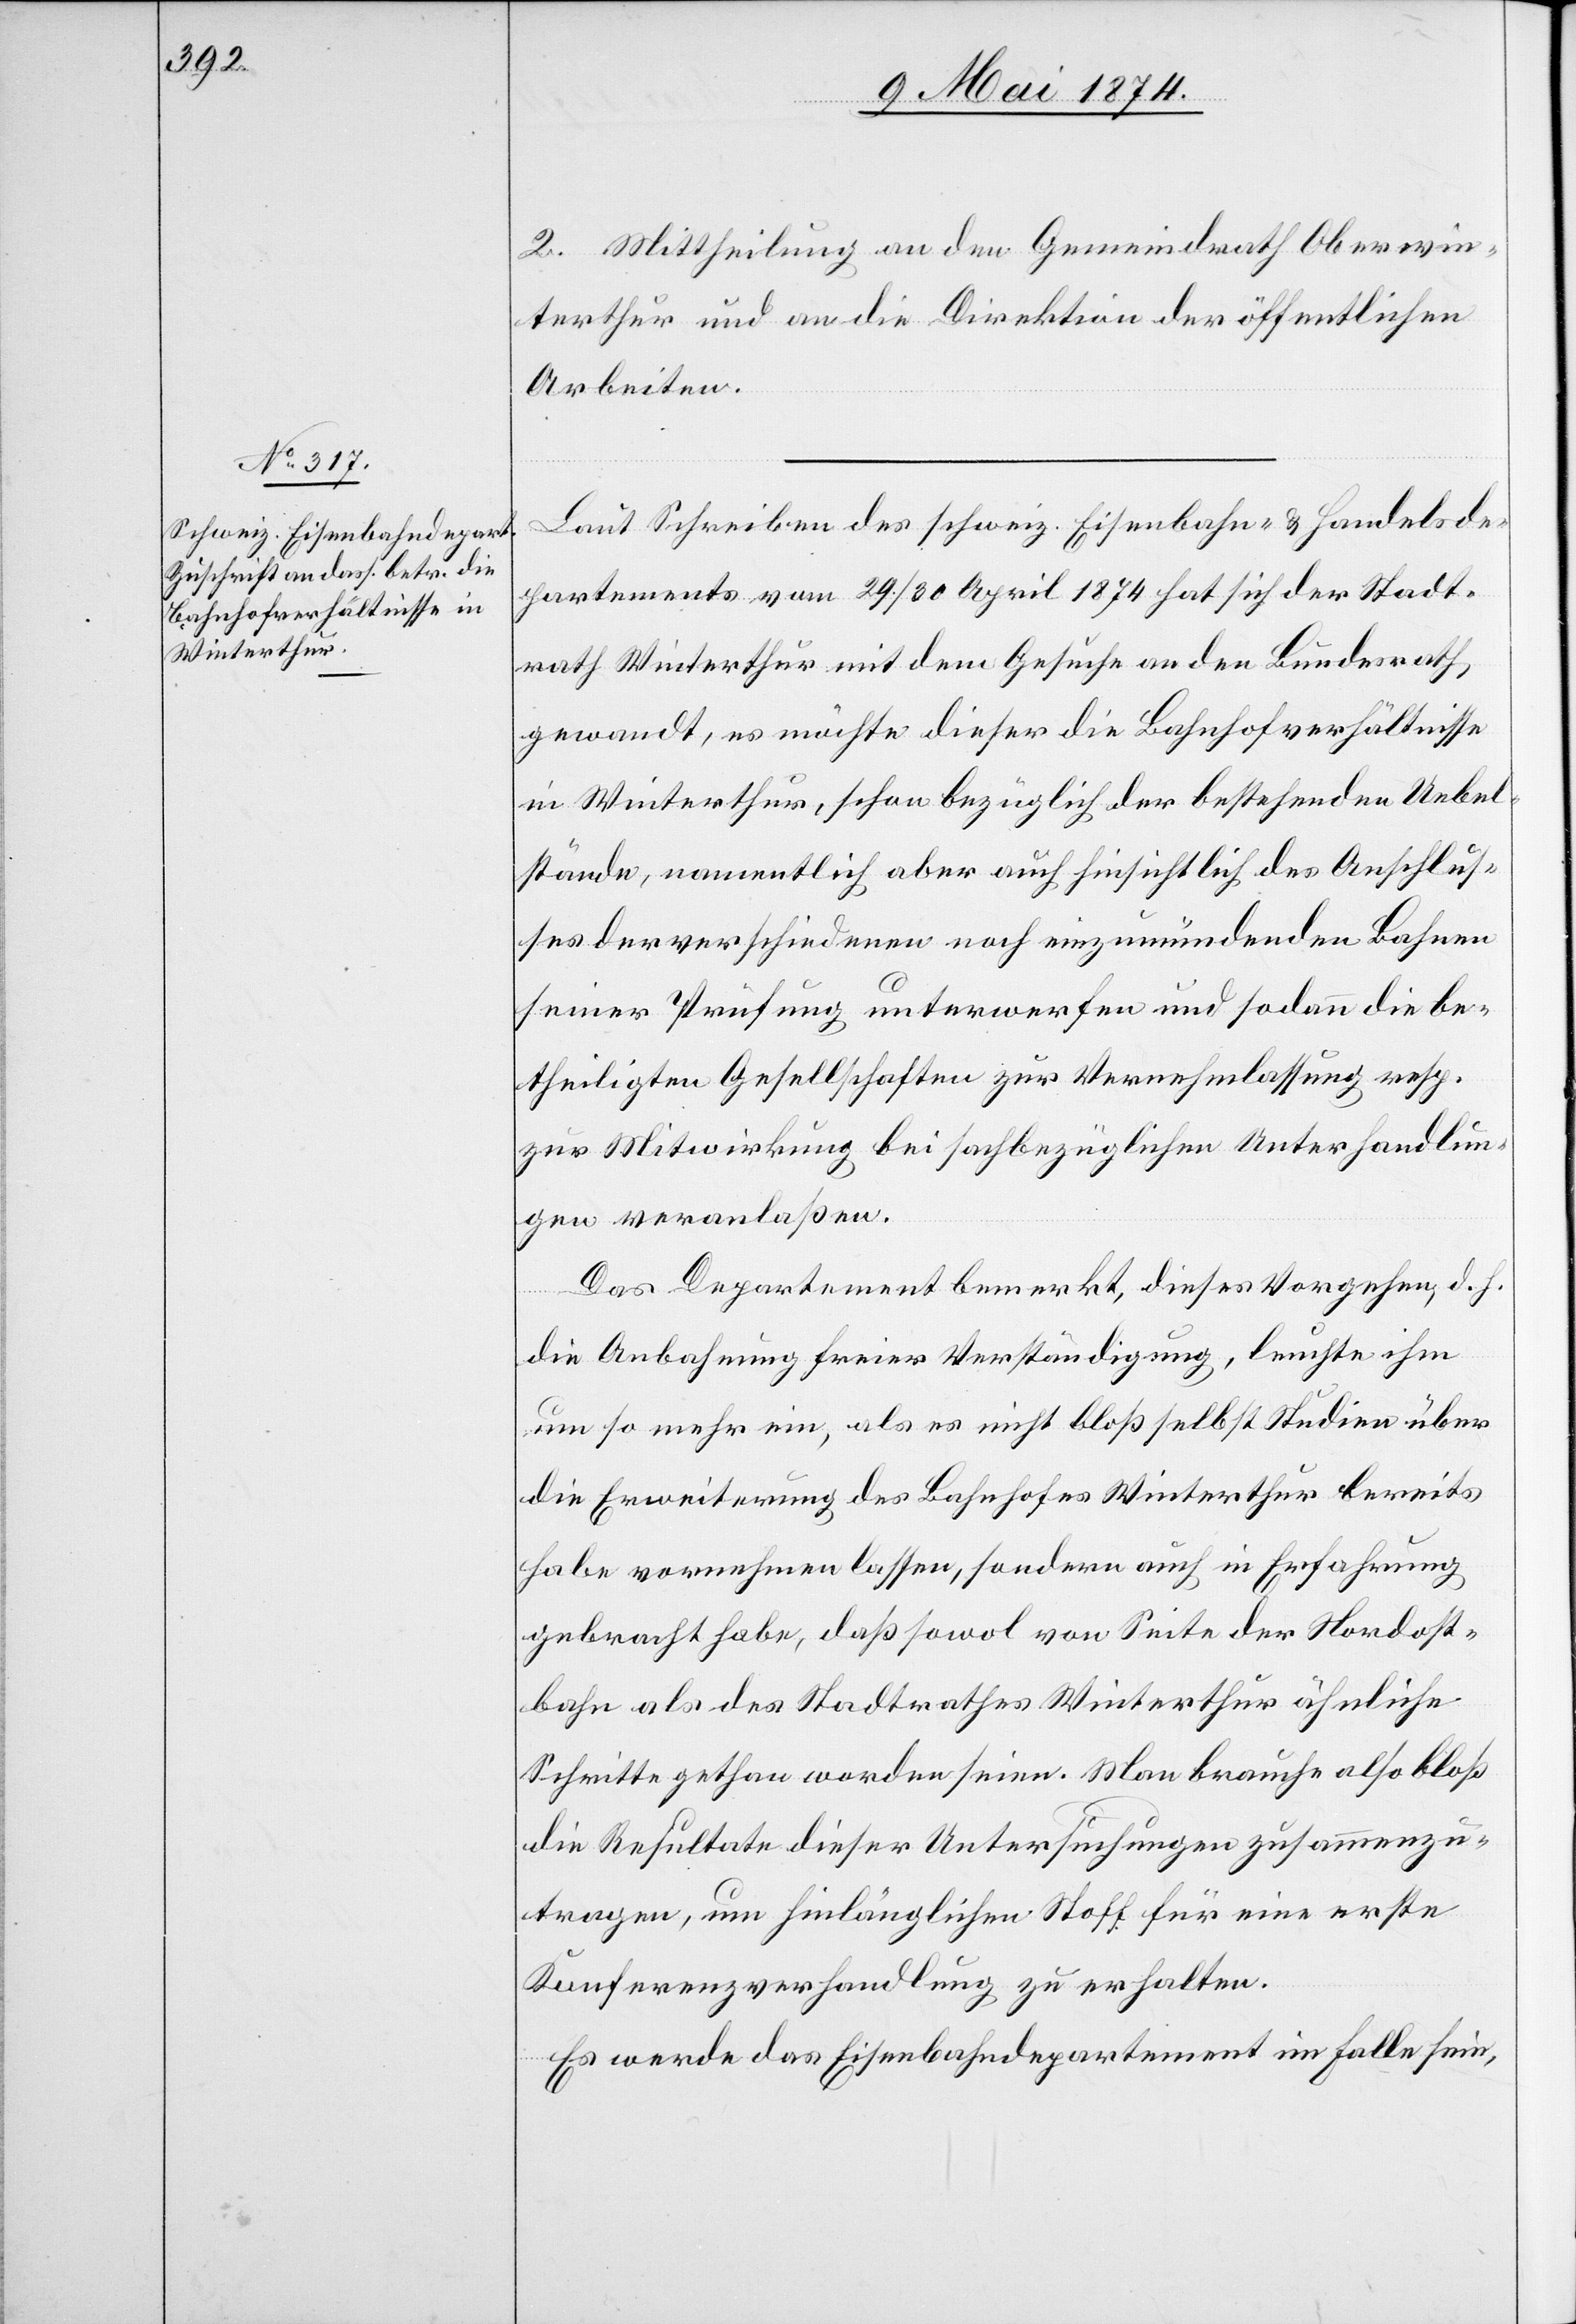
2. Mittheilung an den Gemeindrath Oberwin¬
terthur und an die Direktion der öffentlichen
Arbeiten.
Laut Schreiben des schweiz. Eisenbahn- u. Handelsde¬
partements vom 29./30. April 1874 hat sich der Stadt¬
rath Winterthur mit dem Gesuche an den Bundesrath
gewandt, es möchte dieser die Bahnhofverhältnisse
in Winterthur, schon bezüglich der bestehenden Uebel¬
stände, namentlich aber auch hinsichtlich des Anschlus¬
ses der verschiedenen noch einzumündenden Bahnen
seiner Prüfung unterwerfen und sodann die be¬
theiligten Gesellschaften zur Vernehmlassung resp.
zur Mitwirkung bei sachbezüglichen Unterhandlun¬
gen veranlaßen.
Das Departement bemerkt, dieses Vorgehen, d. h.
die Anbahnung freier Verständigung, leuchte ihm
um so mehr ein, als es nicht bloß selbst Studien über
die Erweiterung des Bahnhofes Winterthur bereits
habe vornehmen lassen, sondern auch in Erfahrung
gebracht habe, daß sowol von Seite der Nordost¬
bahn als des Stadtrathes Winterthur ähnliche
Schritte gethan worden seien. Man brauche also bloß
die Resultate dieser Untersuchungen zusammenzu¬
tragen, um hinlänglichen Stoff für eine erste
Konferenzverhandlung zu erhalten.
Es werde das Eisenbahndepartement im Falle sein,